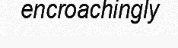
encroachingly